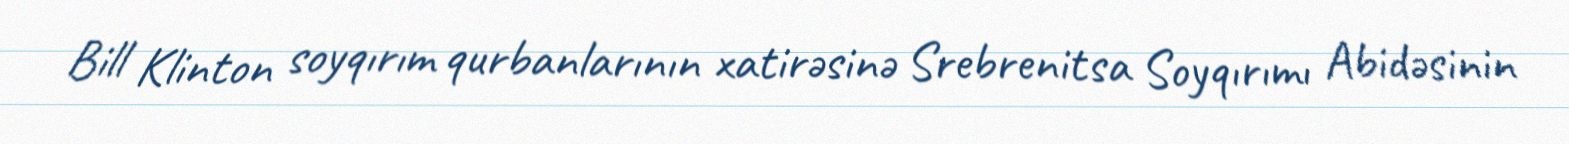
Bill Klinton soyqırım qurbanlarının xatirəsinə Srebrenitsa Soyqırımı Abidəsinin